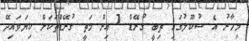
މިހާރު އެ ސުކޫލުގައި ތިބީ ގުރޭޑް 7 އިން މަތީ ގުރޭޑްތަކަށް ކިޔަވައިދޭ